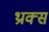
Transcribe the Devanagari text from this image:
थ्राक्स